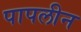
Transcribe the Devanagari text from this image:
पापलीन